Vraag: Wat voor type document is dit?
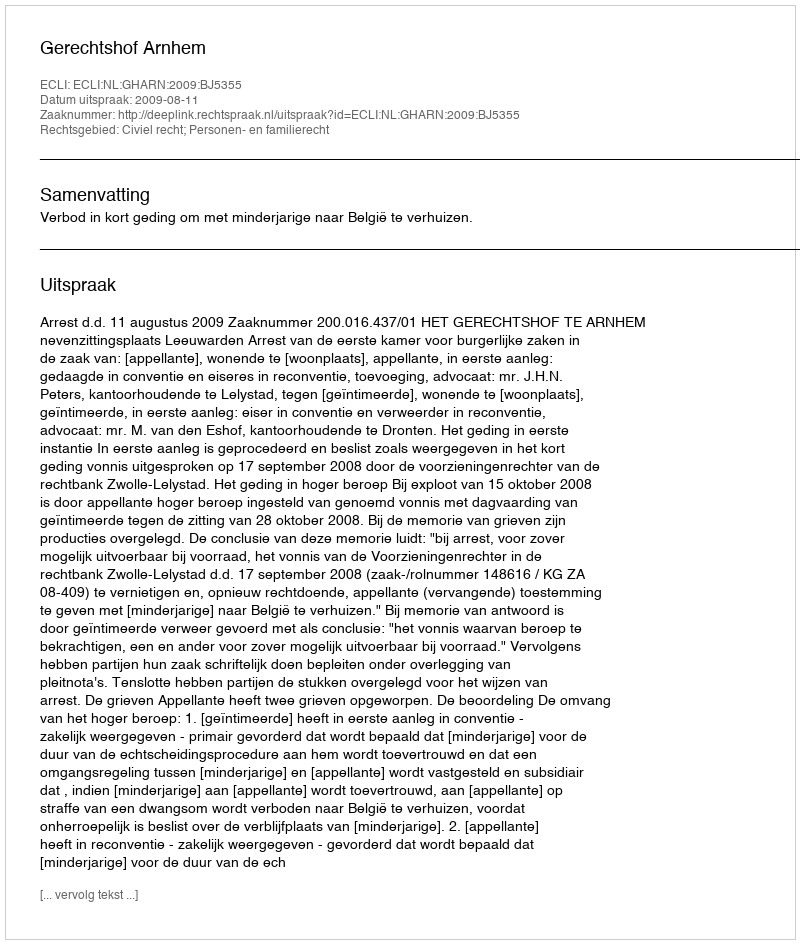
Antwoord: Uitspraak